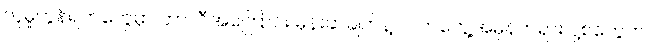
လူမှုကွန်ရက်တွေမှာ ဘာလီအကြောင်း မှန်းဆချက်နဲ့ လက်တွေ့အမှန်တရား ပို့စ်တွေက